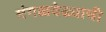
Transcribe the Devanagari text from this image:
मंगळवेढ्याची